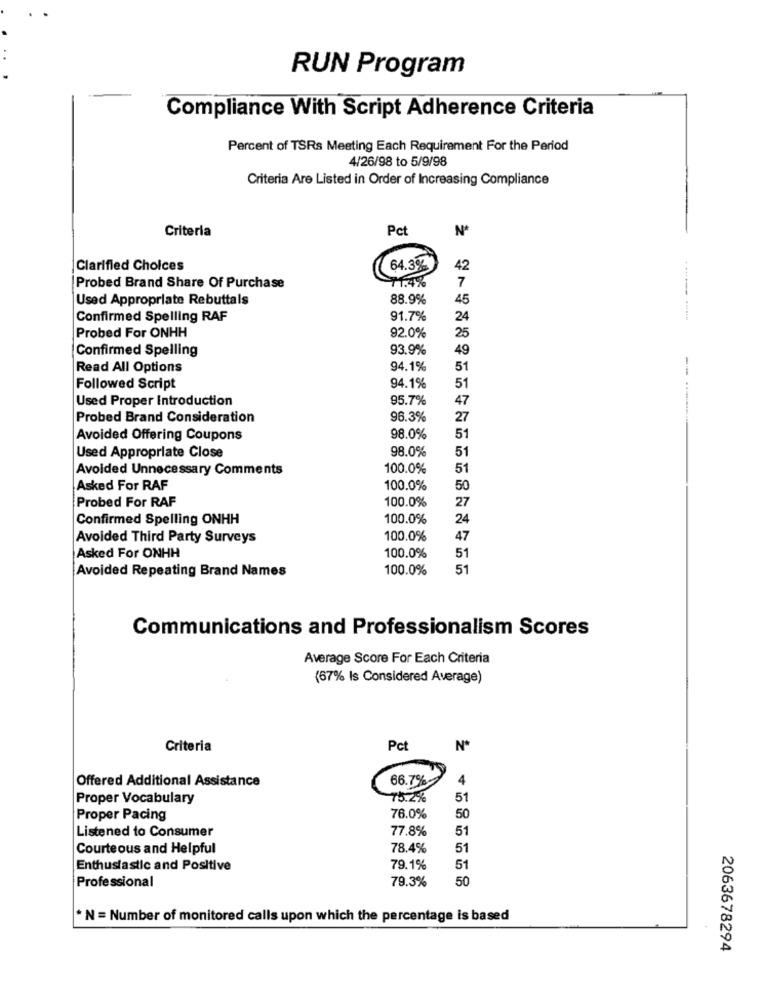
RUN Program
Compliance With Script Adherence Criteria
Percent of TSRs Meeting Each Requirement For the Period
4/26/98 to 5/9/98
Criteria Are Listed in Order of Increasing Compliance
Criteria
Pct
Nº
Clarified Choices
64.3%
42
11.4%
Probed Brand Share Of Purchase
7
Used Appropriate Rebuttals
88.9%
45
Confirmed Spelling RAF
91.7%
24
---------
Probed For ONHH
92.0%
25
Confirmed Spelling
93.9%
49
Read All Options
94.1%
51
Followed Script
94.1%
51
Used Proper Introduction
95.7%
47
Probed Brand Consideration
96.3%
27
Avoided Offering Coupons
98.0%
51
98.0%
51
Used Appropriate Close
Avoided Unnecessary Comments
100.0%
51
Asked For RAF
100.0%
50
Probed For RAF
100.0%
27
Confirmed Spelling ONHH
100.0%
24
Avoided Third Party Surveys
100.0%
47
51
Asked For ONHH
100.0%
Avoided Repeating Brand Names
100.0%
51
Communications and Professionalism Scores
Average Score For Each Criteria
(67% Is Considered Average)
Criteria
Pct
Nº
Offered Additional Assistance
66.7%
4
Proper Vocabulary
75.2%
51
Proper Pacing
76.0%
50
77.8%
51
Listened to Consumer
Courteous and Helpful
78.4%
51
Enthusiastic and Positive
79.1%
51
79.3%
50
Professional
* N = Number of monitored calls upon which the percentage is based
2063678294